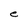
Character: e